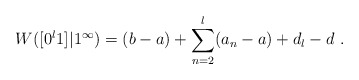
\begin{align*}W([0^l1]| 1^\infty) = (b-a) + \sum_{n=2}^l (a_n - a) + d_l - d \ .\end{align*}